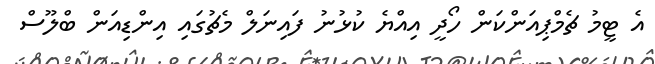
އެ ޓީމު ޗެމްޕިއަންކަން ހޯދީ އިއްޔެ ކުޅުނު ފައިނަލް މެޗުގައި އިންޑިއަން ބްލޫސް